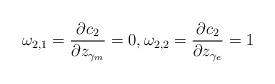
LaTeX: \begin{align*}\omega_{2,1} = \frac{\partial c_2}{\partial z_{\gamma_m}} = 0, \omega_{2,2} = \frac{\partial c_2}{\partial z_{\gamma_e}} = 1 \end{align*}